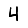
Digit: 4